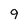
Character: 9